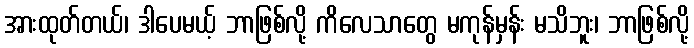
အားထုတ်တယ်၊ ဒါပေမယ့် ဘာဖြစ်လို့ ကိလေသာတွေ မကုန်မှန်း မသိဘူး၊ ဘာဖြစ်လို့